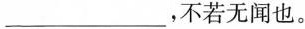
___，不若无闻也。